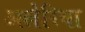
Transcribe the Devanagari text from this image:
अलेरिया